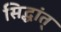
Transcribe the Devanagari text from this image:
सिद्धांत्‌